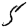
Digit: 5